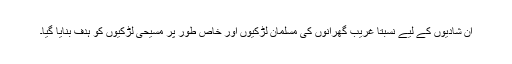
ان شادیوں کے لیے نسبتاً غریب گھرانوں کی مسلمان لڑکیوں اور خاص طور پر مسیحی لڑکیوں کو ہدف بنایا گیا۔